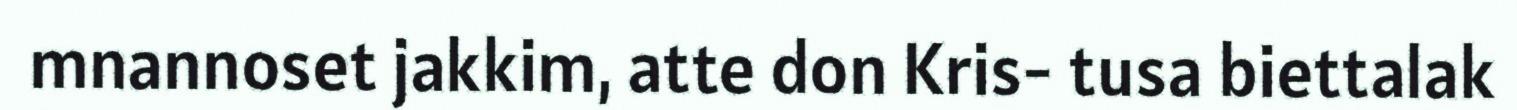
mnannoset jakkim, atte don Kris- tusa biettalak